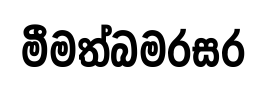
මීමත්බමරසර